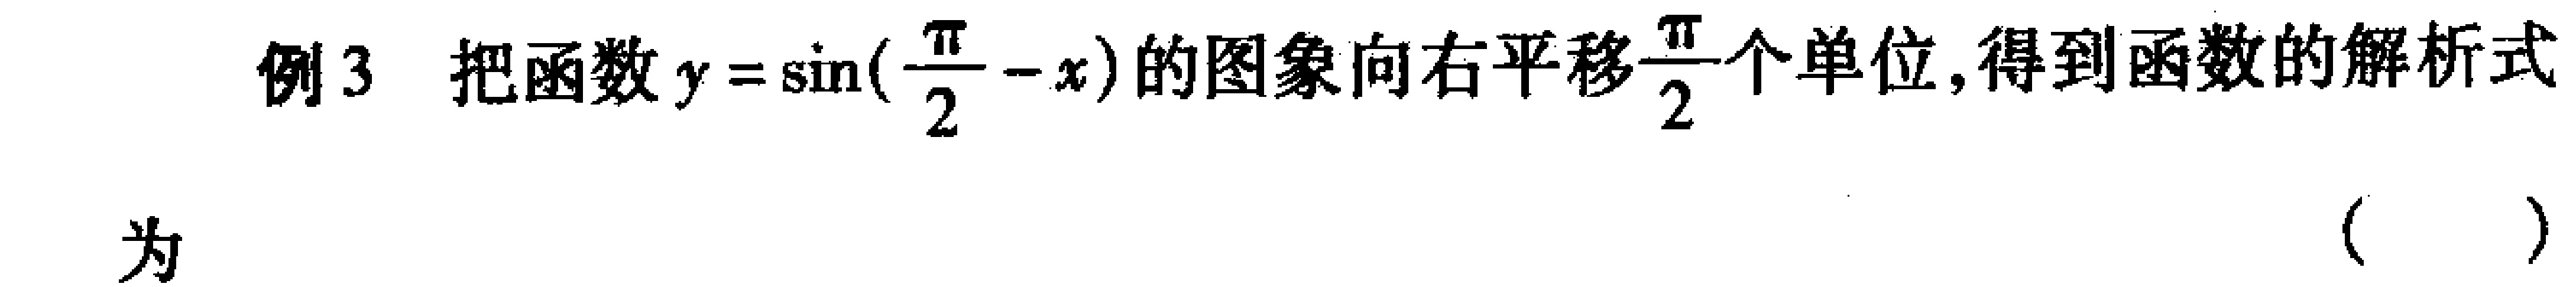
例3 把函数\(y = \sin(\frac{\pi}{2}-x)\)的图象向右平移\(\frac{\pi}{2}\)个单位,得到函数的解析式

为 （  ）